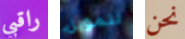
راقبي لتمويل نحن